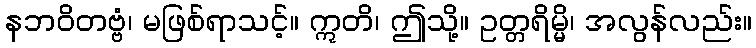
နဘဝိတဗ္ဗံ၊ မဖြစ်ရာသင့်။ ဣတိ၊ ဤသို့။ ဥတ္တရိမ္မိ၊ အလွန်လည်း။